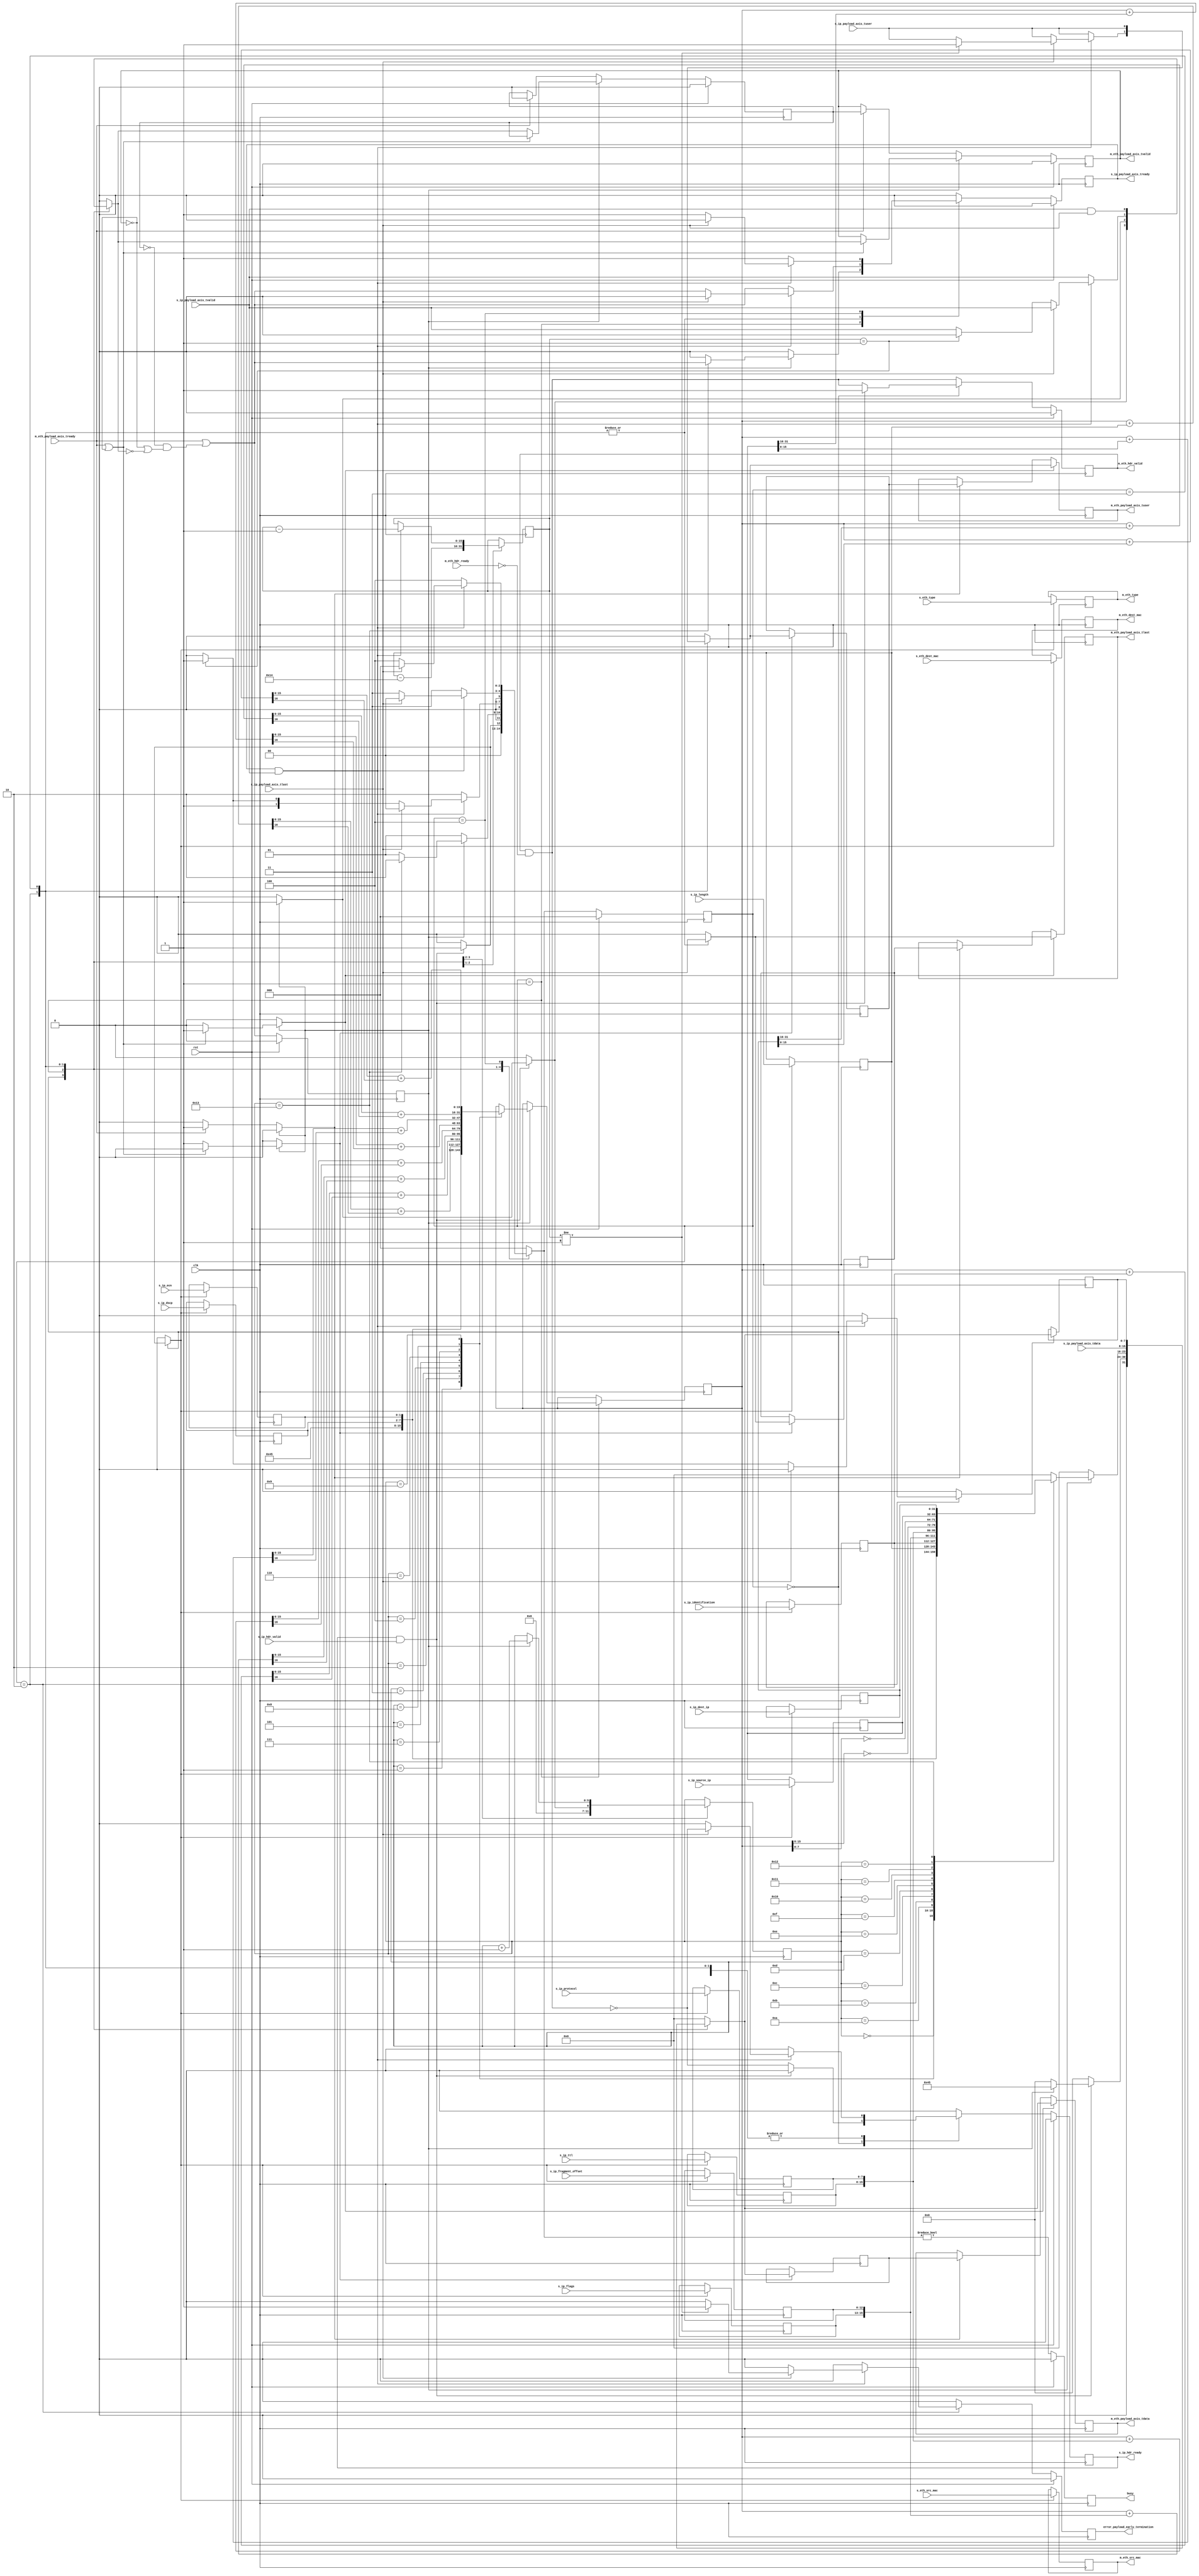

// Language: Verilog 2001

`timescale 1ns / 1ps

/*
 * IP ethernet frame transmitter (IP frame in, Ethernet frame out)
 */
module ip_eth_tx
(
    input  wire        clk,
    input  wire        rst,

    /*
     * IP frame input
     */
    input  wire        s_ip_hdr_valid,
    output wire        s_ip_hdr_ready,
    input  wire [47:0] s_eth_dest_mac,
    input  wire [47:0] s_eth_src_mac,
    input  wire [15:0] s_eth_type,
    input  wire [5:0]  s_ip_dscp,
    input  wire [1:0]  s_ip_ecn,
    input  wire [15:0] s_ip_length,
    input  wire [15:0] s_ip_identification,
    input  wire [2:0]  s_ip_flags,
    input  wire [12:0] s_ip_fragment_offset,
    input  wire [7:0]  s_ip_ttl,
    input  wire [7:0]  s_ip_protocol,
    input  wire [31:0] s_ip_source_ip,
    input  wire [31:0] s_ip_dest_ip,
    input  wire [7:0]  s_ip_payload_axis_tdata,
    input  wire        s_ip_payload_axis_tvalid,
    output wire        s_ip_payload_axis_tready,
    input  wire        s_ip_payload_axis_tlast,
    input  wire        s_ip_payload_axis_tuser,

    /*
     * Ethernet frame output
     */
    output wire        m_eth_hdr_valid,
    input  wire        m_eth_hdr_ready,
    output wire [47:0] m_eth_dest_mac,
    output wire [47:0] m_eth_src_mac,
    output wire [15:0] m_eth_type,
    output wire [7:0]  m_eth_payload_axis_tdata,
    output wire        m_eth_payload_axis_tvalid,
    input  wire        m_eth_payload_axis_tready,
    output wire        m_eth_payload_axis_tlast,
    output wire        m_eth_payload_axis_tuser,

    /*
     * Status signals
     */
    output wire        busy,
    output wire        error_payload_early_termination
);

/*

IP Frame

 Field                       Length
 Destination MAC address     6 octets
 Source MAC address          6 octets
 Ethertype (0x0800)          2 octets
 Version (4)                 4 bits
 IHL (5-15)                  4 bits
 DSCP (0)                    6 bits
 ECN (0)                     2 bits
 length                      2 octets
 identification (0?)         2 octets
 flags (010)                 3 bits
 fragment offset (0)         13 bits
 time to live (64?)          1 octet
 protocol                    1 octet
 header checksum             2 octets
 source IP                   4 octets
 destination IP              4 octets
 options                     (IHL-5)*4 octets
 payload                     length octets

This module receives an IP frame with header fields in parallel along with the
payload in an AXI stream, combines the header with the payload, passes through
the Ethernet headers, and transmits the complete Ethernet payload on an AXI
interface.

*/

localparam [2:0]
    STATE_IDLE = 3'd0,
    STATE_WRITE_HEADER = 3'd1,
    STATE_WRITE_PAYLOAD = 3'd2,
    STATE_WRITE_PAYLOAD_LAST = 3'd3,
    STATE_WAIT_LAST = 3'd4;

reg [2:0] state_reg = STATE_IDLE, state_next;

// datapath control signals
reg store_ip_hdr;
reg store_last_word;

reg [5:0] hdr_ptr_reg = 6'd0, hdr_ptr_next;
reg [15:0] word_count_reg = 16'd0, word_count_next;

reg [15:0] hdr_sum_reg = 16'd0, hdr_sum_next;

reg [7:0] last_word_data_reg = 8'd0;

reg [5:0] ip_dscp_reg = 6'd0;
reg [1:0] ip_ecn_reg = 2'd0;
reg [15:0] ip_length_reg = 16'd0;
reg [15:0] ip_identification_reg = 16'd0;
reg [2:0] ip_flags_reg = 3'd0;
reg [12:0] ip_fragment_offset_reg = 13'd0;
reg [7:0] ip_ttl_reg = 8'd0;
reg [7:0] ip_protocol_reg = 8'd0;
reg [31:0] ip_source_ip_reg = 32'd0;
reg [31:0] ip_dest_ip_reg = 32'd0;

reg s_ip_hdr_ready_reg = 1'b0, s_ip_hdr_ready_next;
reg s_ip_payload_axis_tready_reg = 1'b0, s_ip_payload_axis_tready_next;

reg m_eth_hdr_valid_reg = 1'b0, m_eth_hdr_valid_next;
reg [47:0] m_eth_dest_mac_reg = 48'd0;
reg [47:0] m_eth_src_mac_reg = 48'd0;
reg [15:0] m_eth_type_reg = 16'd0;

reg busy_reg = 1'b0;
reg error_payload_early_termination_reg = 1'b0, error_payload_early_termination_next;

// internal datapath
reg [7:0] m_eth_payload_axis_tdata_int;
reg       m_eth_payload_axis_tvalid_int;
reg       m_eth_payload_axis_tready_int_reg = 1'b0;
reg       m_eth_payload_axis_tlast_int;
reg       m_eth_payload_axis_tuser_int;
wire      m_eth_payload_axis_tready_int_early;

assign s_ip_hdr_ready = s_ip_hdr_ready_reg;
assign s_ip_payload_axis_tready = s_ip_payload_axis_tready_reg;

assign m_eth_hdr_valid = m_eth_hdr_valid_reg;
assign m_eth_dest_mac = m_eth_dest_mac_reg;
assign m_eth_src_mac = m_eth_src_mac_reg;
assign m_eth_type = m_eth_type_reg;

assign busy = busy_reg;
assign error_payload_early_termination = error_payload_early_termination_reg;

function [15:0] add1c16b;
    input [15:0] a, b;
    reg [16:0] t;
    begin
        t = a+b;
        add1c16b = t[15:0] + t[16];
    end
endfunction

always @* begin
    state_next = STATE_IDLE;

    s_ip_hdr_ready_next = 1'b0;
    s_ip_payload_axis_tready_next = 1'b0;

    store_ip_hdr = 1'b0;

    store_last_word = 1'b0;

    hdr_ptr_next = hdr_ptr_reg;
    word_count_next = word_count_reg;

    hdr_sum_next = hdr_sum_reg;

    m_eth_hdr_valid_next = m_eth_hdr_valid_reg && !m_eth_hdr_ready;

    error_payload_early_termination_next = 1'b0;

    m_eth_payload_axis_tdata_int = 8'd0;
    m_eth_payload_axis_tvalid_int = 1'b0;
    m_eth_payload_axis_tlast_int = 1'b0;
    m_eth_payload_axis_tuser_int = 1'b0;

    case (state_reg)
        STATE_IDLE: begin
            // idle state - wait for data
            hdr_ptr_next = 6'd0;
            s_ip_hdr_ready_next = !m_eth_hdr_valid_next;

            if (s_ip_hdr_ready && s_ip_hdr_valid) begin
                store_ip_hdr = 1'b1;
                s_ip_hdr_ready_next = 1'b0;
                m_eth_hdr_valid_next = 1'b1;
                if (m_eth_payload_axis_tready_int_reg) begin
                    m_eth_payload_axis_tvalid_int = 1'b1;
                    m_eth_payload_axis_tdata_int = {4'd4, 4'd5}; // ip_version, ip_ihl
                    hdr_ptr_next = 6'd1;
                end
                state_next = STATE_WRITE_HEADER;
            end else begin
                state_next = STATE_IDLE;
            end
        end
        STATE_WRITE_HEADER: begin
            // write header
            word_count_next = ip_length_reg - 5*4;

            if (m_eth_payload_axis_tready_int_reg) begin
                hdr_ptr_next = hdr_ptr_reg + 6'd1;
                m_eth_payload_axis_tvalid_int = 1;
                state_next = STATE_WRITE_HEADER;
                case (hdr_ptr_reg)
                    6'h00: begin
                        m_eth_payload_axis_tdata_int = {4'd4, 4'd5}; // ip_version, ip_ihl
                    end
                    6'h01: begin
                        m_eth_payload_axis_tdata_int = {ip_dscp_reg, ip_ecn_reg};
                        hdr_sum_next = {4'd4, 4'd5, ip_dscp_reg, ip_ecn_reg};
                    end
                    6'h02: begin
                        m_eth_payload_axis_tdata_int = ip_length_reg[15: 8];
                        hdr_sum_next = add1c16b(hdr_sum_reg, ip_length_reg);
                    end
                    6'h03: begin
                        m_eth_payload_axis_tdata_int = ip_length_reg[ 7: 0];
                        hdr_sum_next = add1c16b(hdr_sum_reg, ip_identification_reg);
                    end
                    6'h04: begin
                        m_eth_payload_axis_tdata_int = ip_identification_reg[15: 8];
                        hdr_sum_next = add1c16b(hdr_sum_reg, {ip_flags_reg, ip_fragment_offset_reg});
                    end
                    6'h05: begin
                        m_eth_payload_axis_tdata_int = ip_identification_reg[ 7: 0];
                        hdr_sum_next = add1c16b(hdr_sum_reg, {ip_ttl_reg, ip_protocol_reg});
                    end
                    6'h06: begin
                        m_eth_payload_axis_tdata_int = {ip_flags_reg, ip_fragment_offset_reg[12:8]};
                        hdr_sum_next = add1c16b(hdr_sum_reg, ip_source_ip_reg[31:16]);
                    end
                    6'h07: begin
                        m_eth_payload_axis_tdata_int = ip_fragment_offset_reg[ 7: 0];
                        hdr_sum_next = add1c16b(hdr_sum_reg, ip_source_ip_reg[15:0]);
                    end
                    6'h08: begin
                        m_eth_payload_axis_tdata_int = ip_ttl_reg;
                        hdr_sum_next = add1c16b(hdr_sum_reg, ip_dest_ip_reg[31:16]);
                    end
                    6'h09: begin
                        m_eth_payload_axis_tdata_int = ip_protocol_reg;
                        hdr_sum_next = add1c16b(hdr_sum_reg, ip_dest_ip_reg[15:0]);
                    end
                    6'h0A: m_eth_payload_axis_tdata_int = ~hdr_sum_reg[15: 8];
                    6'h0B: m_eth_payload_axis_tdata_int = ~hdr_sum_reg[ 7: 0];
                    6'h0C: m_eth_payload_axis_tdata_int = ip_source_ip_reg[31:24];
                    6'h0D: m_eth_payload_axis_tdata_int = ip_source_ip_reg[23:16];
                    6'h0E: m_eth_payload_axis_tdata_int = ip_source_ip_reg[15: 8];
                    6'h0F: m_eth_payload_axis_tdata_int = ip_source_ip_reg[ 7: 0];
                    6'h10: m_eth_payload_axis_tdata_int = ip_dest_ip_reg[31:24];
                    6'h11: m_eth_payload_axis_tdata_int = ip_dest_ip_reg[23:16];
                    6'h12: m_eth_payload_axis_tdata_int = ip_dest_ip_reg[15: 8];
                    6'h13: begin
                        m_eth_payload_axis_tdata_int = ip_dest_ip_reg[ 7: 0];
                        s_ip_payload_axis_tready_next = m_eth_payload_axis_tready_int_early;
                        state_next = STATE_WRITE_PAYLOAD;
                    end
                endcase
            end else begin
                state_next = STATE_WRITE_HEADER;
            end
        end
        STATE_WRITE_PAYLOAD: begin
            // write payload
            s_ip_payload_axis_tready_next = m_eth_payload_axis_tready_int_early;

            m_eth_payload_axis_tdata_int = s_ip_payload_axis_tdata;
            m_eth_payload_axis_tvalid_int = s_ip_payload_axis_tvalid;
            m_eth_payload_axis_tlast_int = s_ip_payload_axis_tlast;
            m_eth_payload_axis_tuser_int = s_ip_payload_axis_tuser;

            if (s_ip_payload_axis_tready && s_ip_payload_axis_tvalid) begin
                // word transfer through
                word_count_next = word_count_reg - 6'd1;
                if (s_ip_payload_axis_tlast) begin
                    if (word_count_reg != 16'd1) begin
                        // end of frame, but length does not match
                        m_eth_payload_axis_tuser_int = 1'b1;
                        error_payload_early_termination_next = 1'b1;
                    end
                    s_ip_hdr_ready_next = !m_eth_hdr_valid_next;
                    s_ip_payload_axis_tready_next = 1'b0;
                    state_next = STATE_IDLE;
                end else begin
                    if (word_count_reg == 16'd1) begin
                        store_last_word = 1'b1;
                        m_eth_payload_axis_tvalid_int = 1'b0;
                        state_next = STATE_WRITE_PAYLOAD_LAST;
                    end else begin
                        state_next = STATE_WRITE_PAYLOAD;
                    end
                end
            end else begin
                state_next = STATE_WRITE_PAYLOAD;
            end
        end
        STATE_WRITE_PAYLOAD_LAST: begin
            // read and discard until end of frame
            s_ip_payload_axis_tready_next = m_eth_payload_axis_tready_int_early;

            m_eth_payload_axis_tdata_int = last_word_data_reg;
            m_eth_payload_axis_tvalid_int = s_ip_payload_axis_tvalid && s_ip_payload_axis_tlast;
            m_eth_payload_axis_tlast_int = s_ip_payload_axis_tlast;
            m_eth_payload_axis_tuser_int = s_ip_payload_axis_tuser;

            if (s_ip_payload_axis_tready && s_ip_payload_axis_tvalid) begin
                if (s_ip_payload_axis_tlast) begin
                    s_ip_hdr_ready_next = !m_eth_hdr_valid_next;
                    s_ip_payload_axis_tready_next = 1'b0;
                    state_next = STATE_IDLE;
                end else begin
                    state_next = STATE_WRITE_PAYLOAD_LAST;
                end
            end else begin
                state_next = STATE_WRITE_PAYLOAD_LAST;
            end
        end
        STATE_WAIT_LAST: begin
            // read and discard until end of frame
            s_ip_payload_axis_tready_next = 1'b1;

            if (s_ip_payload_axis_tready && s_ip_payload_axis_tvalid) begin
                if (s_ip_payload_axis_tlast) begin
                    s_ip_hdr_ready_next = !m_eth_hdr_valid_next;
                    s_ip_payload_axis_tready_next = 1'b0;
                    state_next = STATE_IDLE;
                end else begin
                    state_next = STATE_WAIT_LAST;
                end
            end else begin
                state_next = STATE_WAIT_LAST;
            end
        end
    endcase
end

always @(posedge clk) begin
    if (rst) begin
        state_reg <= STATE_IDLE;
        s_ip_hdr_ready_reg <= 1'b0;
        s_ip_payload_axis_tready_reg <= 1'b0;
        m_eth_hdr_valid_reg <= 1'b0;
        busy_reg <= 1'b0;
        error_payload_early_termination_reg <= 1'b0;
    end else begin
        state_reg <= state_next;

        s_ip_hdr_ready_reg <= s_ip_hdr_ready_next;
        s_ip_payload_axis_tready_reg <= s_ip_payload_axis_tready_next;

        m_eth_hdr_valid_reg <= m_eth_hdr_valid_next;

        busy_reg <= state_next != STATE_IDLE;

        error_payload_early_termination_reg <= error_payload_early_termination_next;
    end

    hdr_ptr_reg <= hdr_ptr_next;
    word_count_reg <= word_count_next;

    hdr_sum_reg <= hdr_sum_next;

    // datapath
    if (store_ip_hdr) begin
        m_eth_dest_mac_reg <= s_eth_dest_mac;
        m_eth_src_mac_reg <= s_eth_src_mac;
        m_eth_type_reg <= s_eth_type;
        ip_dscp_reg <= s_ip_dscp;
        ip_ecn_reg <= s_ip_ecn;
        ip_length_reg <= s_ip_length;
        ip_identification_reg <= s_ip_identification;
        ip_flags_reg <= s_ip_flags;
        ip_fragment_offset_reg <= s_ip_fragment_offset;
        ip_ttl_reg <= s_ip_ttl;
        ip_protocol_reg <= s_ip_protocol;
        ip_source_ip_reg <= s_ip_source_ip;
        ip_dest_ip_reg <= s_ip_dest_ip;
    end

    if (store_last_word) begin
        last_word_data_reg <= m_eth_payload_axis_tdata_int;
    end
end

// output datapath logic
reg [7:0] m_eth_payload_axis_tdata_reg = 8'd0;
reg       m_eth_payload_axis_tvalid_reg = 1'b0, m_eth_payload_axis_tvalid_next;
reg       m_eth_payload_axis_tlast_reg = 1'b0;
reg       m_eth_payload_axis_tuser_reg = 1'b0;

reg [7:0] temp_m_eth_payload_axis_tdata_reg = 8'd0;
reg       temp_m_eth_payload_axis_tvalid_reg = 1'b0, temp_m_eth_payload_axis_tvalid_next;
reg       temp_m_eth_payload_axis_tlast_reg = 1'b0;
reg       temp_m_eth_payload_axis_tuser_reg = 1'b0;

// datapath control
reg store_eth_payload_int_to_output;
reg store_eth_payload_int_to_temp;
reg store_eth_payload_axis_temp_to_output;

assign m_eth_payload_axis_tdata = m_eth_payload_axis_tdata_reg;
assign m_eth_payload_axis_tvalid = m_eth_payload_axis_tvalid_reg;
assign m_eth_payload_axis_tlast = m_eth_payload_axis_tlast_reg;
assign m_eth_payload_axis_tuser = m_eth_payload_axis_tuser_reg;

// enable ready input next cycle if output is ready or the temp reg will not be filled on the next cycle (output reg empty or no input)
assign m_eth_payload_axis_tready_int_early = m_eth_payload_axis_tready || (!temp_m_eth_payload_axis_tvalid_reg && (!m_eth_payload_axis_tvalid_reg || !m_eth_payload_axis_tvalid_int));

always @* begin
    // transfer sink ready state to source
    m_eth_payload_axis_tvalid_next = m_eth_payload_axis_tvalid_reg;
    temp_m_eth_payload_axis_tvalid_next = temp_m_eth_payload_axis_tvalid_reg;

    store_eth_payload_int_to_output = 1'b0;
    store_eth_payload_int_to_temp = 1'b0;
    store_eth_payload_axis_temp_to_output = 1'b0;
    
    if (m_eth_payload_axis_tready_int_reg) begin
        // input is ready
        if (m_eth_payload_axis_tready || !m_eth_payload_axis_tvalid_reg) begin
            // output is ready or currently not valid, transfer data to output
            m_eth_payload_axis_tvalid_next = m_eth_payload_axis_tvalid_int;
            store_eth_payload_int_to_output = 1'b1;
        end else begin
            // output is not ready, store input in temp
            temp_m_eth_payload_axis_tvalid_next = m_eth_payload_axis_tvalid_int;
            store_eth_payload_int_to_temp = 1'b1;
        end
    end else if (m_eth_payload_axis_tready) begin
        // input is not ready, but output is ready
        m_eth_payload_axis_tvalid_next = temp_m_eth_payload_axis_tvalid_reg;
        temp_m_eth_payload_axis_tvalid_next = 1'b0;
        store_eth_payload_axis_temp_to_output = 1'b1;
    end
end

always @(posedge clk) begin
    if (rst) begin
        m_eth_payload_axis_tvalid_reg <= 1'b0;
        m_eth_payload_axis_tready_int_reg <= 1'b0;
        temp_m_eth_payload_axis_tvalid_reg <= 1'b0;
    end else begin
        m_eth_payload_axis_tvalid_reg <= m_eth_payload_axis_tvalid_next;
        m_eth_payload_axis_tready_int_reg <= m_eth_payload_axis_tready_int_early;
        temp_m_eth_payload_axis_tvalid_reg <= temp_m_eth_payload_axis_tvalid_next;
    end

    // datapath
    if (store_eth_payload_int_to_output) begin
        m_eth_payload_axis_tdata_reg <= m_eth_payload_axis_tdata_int;
        m_eth_payload_axis_tlast_reg <= m_eth_payload_axis_tlast_int;
        m_eth_payload_axis_tuser_reg <= m_eth_payload_axis_tuser_int;
    end else if (store_eth_payload_axis_temp_to_output) begin
        m_eth_payload_axis_tdata_reg <= temp_m_eth_payload_axis_tdata_reg;
        m_eth_payload_axis_tlast_reg <= temp_m_eth_payload_axis_tlast_reg;
        m_eth_payload_axis_tuser_reg <= temp_m_eth_payload_axis_tuser_reg;
    end

    if (store_eth_payload_int_to_temp) begin
        temp_m_eth_payload_axis_tdata_reg <= m_eth_payload_axis_tdata_int;
        temp_m_eth_payload_axis_tlast_reg <= m_eth_payload_axis_tlast_int;
        temp_m_eth_payload_axis_tuser_reg <= m_eth_payload_axis_tuser_int;
    end
end

endmodule